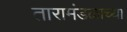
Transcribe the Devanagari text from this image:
तारामंडळाच्या